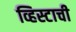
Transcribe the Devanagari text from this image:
व्हिस्टाची